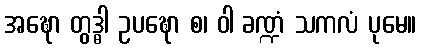
အဍ္ဎော တွဒ္ဓါ ဥပဍ္ဎော စ၊ ဝါ ခဏ္ဍံ သကလံ ပုမေ။